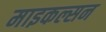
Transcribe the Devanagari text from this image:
माइकल्सन